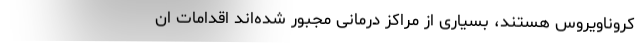
کروناویروس هستند، بسیاری از مراکز درمانی مجبور شده‌اند اقدامات ان